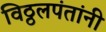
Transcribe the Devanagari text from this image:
विठ्ठलपंतांनी